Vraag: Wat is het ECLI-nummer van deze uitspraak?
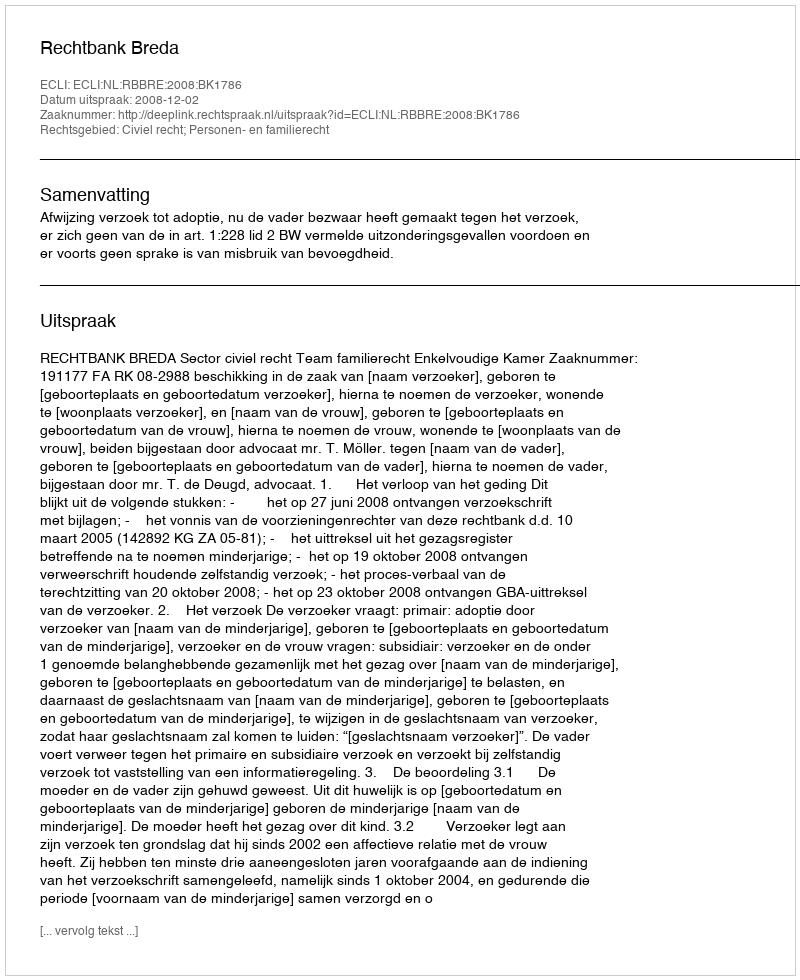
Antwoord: ECLI:NL:RBBRE:2008:BK1786